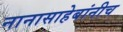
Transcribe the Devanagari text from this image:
नानासाहेबांनीच